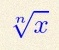
\sqrt[n]{x}